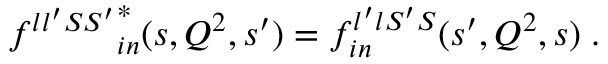
{ f ^ { l l ^ { \prime } S S ^ { \prime } } } _ { i n } ^ { * } ( s , Q ^ { 2 } , s ^ { \prime } ) = f _ { i n } ^ { l ^ { \prime } l S ^ { \prime } S } ( s ^ { \prime } , Q ^ { 2 } , s ) \; .